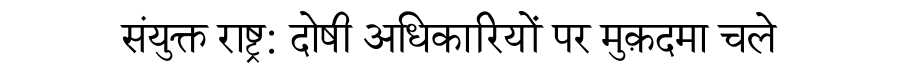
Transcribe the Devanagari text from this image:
संयुक्त राष्ट्र: दोषी अधिकारियों पर मुक़दमा चले